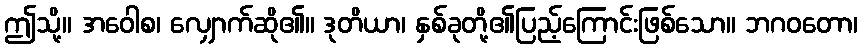
ဤသို့။ အဝေါစ၊ လျှောက်ဆို၏။ ဒုတိယာ၊ နှစ်ခုတို့၏ပြည့်ကြောင်းဖြစ်သော။ ဘဂဝတော၊